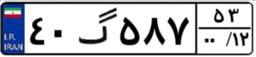
۴۰گ۵۸۷۵۳